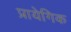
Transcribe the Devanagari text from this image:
प्रायेगिक